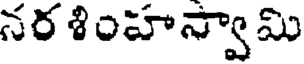
నర శింహస్వామి